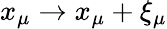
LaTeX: x_{\mu}\to x_{\mu}+\xi_{\mu}